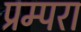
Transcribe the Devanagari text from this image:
प्रम्परा